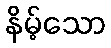
နိမ့်သော